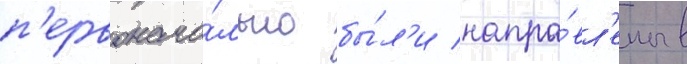
п'ервонача́льно бы́л'и напра́вл'ены в